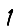
Digit: 1